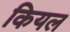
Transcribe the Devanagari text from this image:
कियल